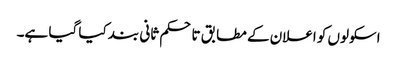
اسکولوں کو اعلان کے مطابق تاحکم ثانی بند کیا گیا ہے۔